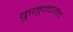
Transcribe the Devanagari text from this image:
कुमुन्दानंद